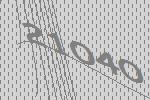
21040